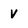
Character: V